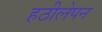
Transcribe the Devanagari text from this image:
हठीलेपन